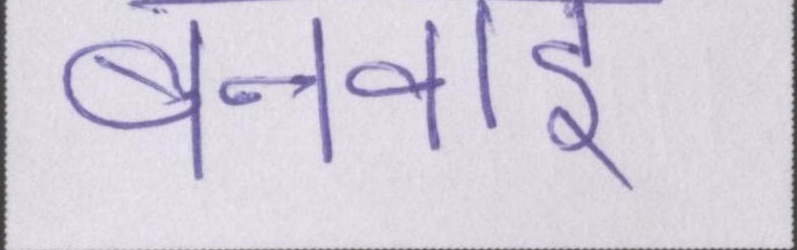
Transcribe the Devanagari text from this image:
बनवाई